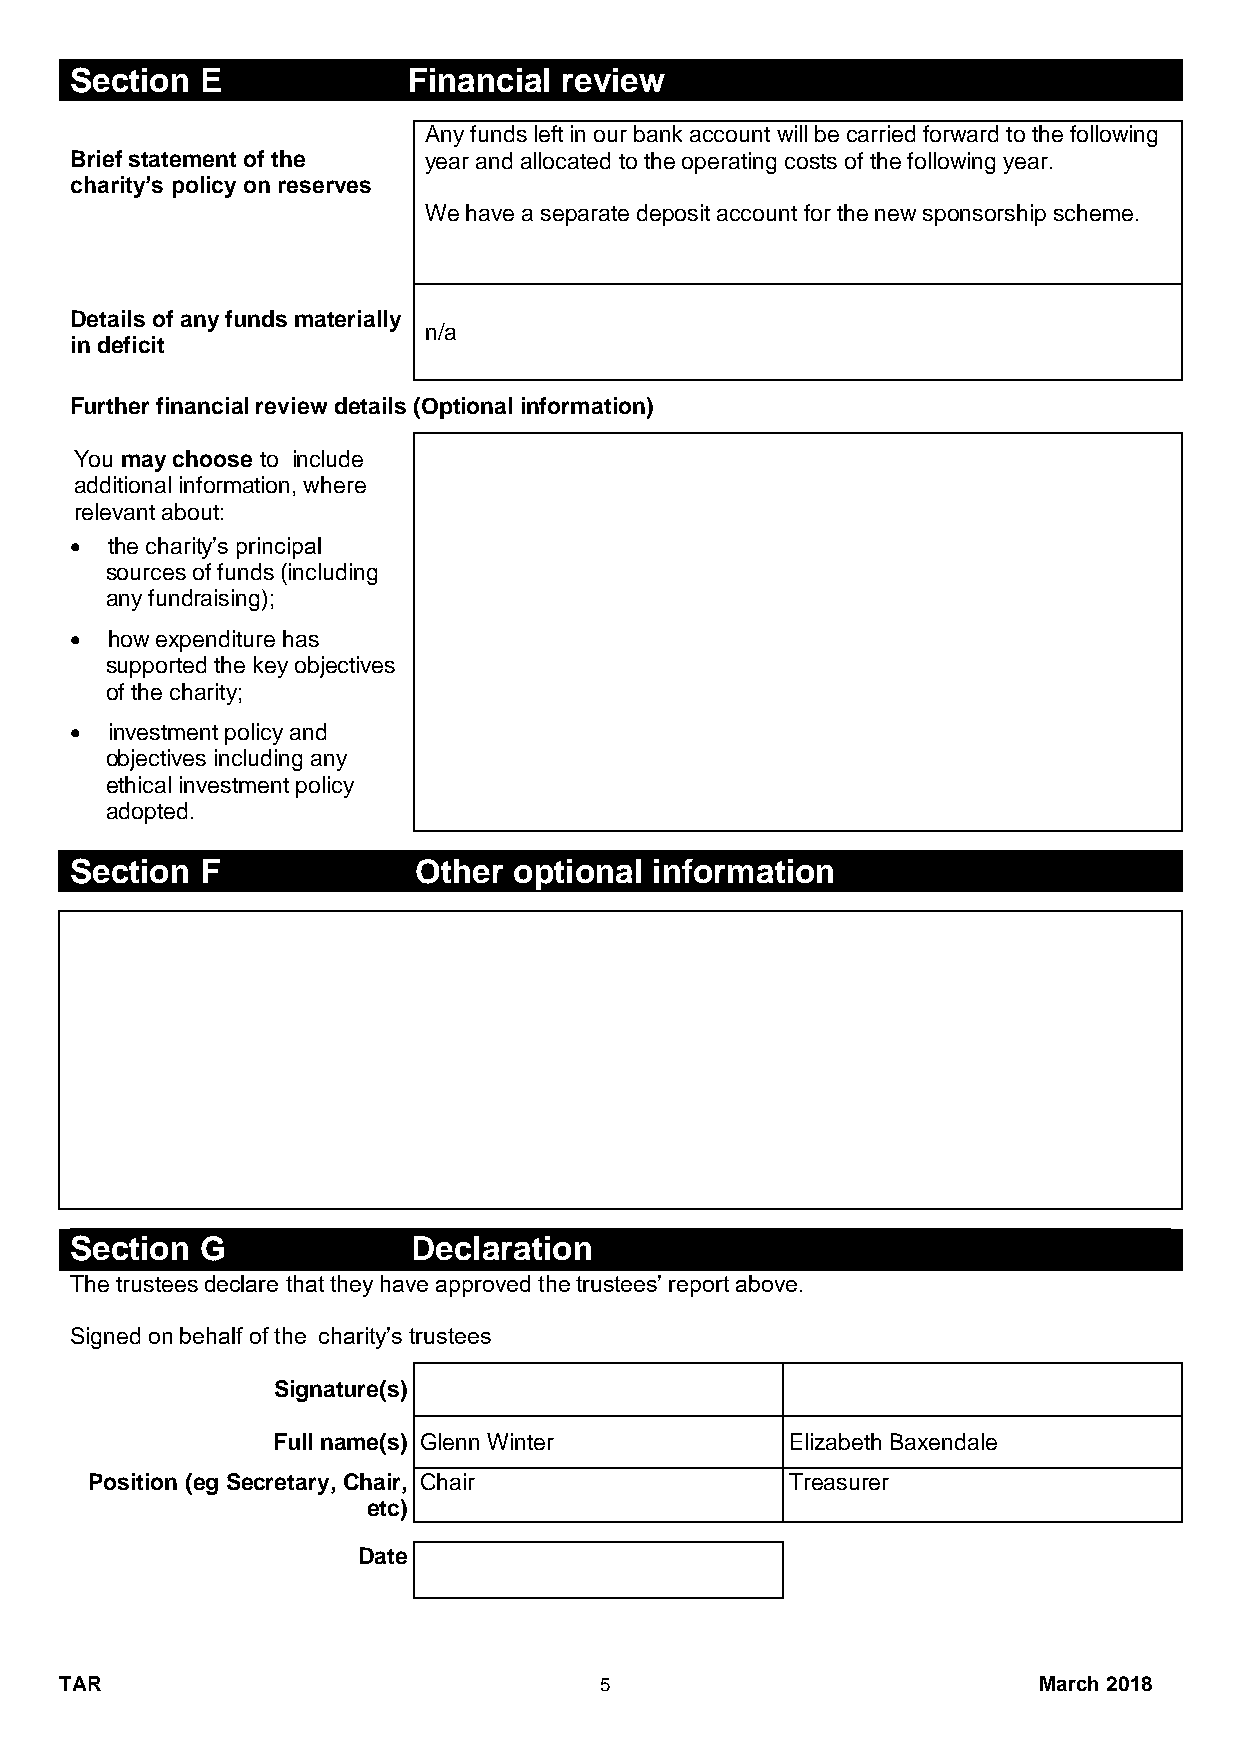
Section E             Financial review
 Any funds left in our bank account will be carried forward to the following
 Brief statement of the year and allocated to the operating costs of the following year.
 charity’s policy on reserves
 We have a separate deposit account for the new sponsorship scheme.
 Details of any funds materially
 n/a
 in deficit
 Further financial review details (Optional information)
 You may choose to include
 additional information, where
 relevant about:
  the charity’s principal
 sources of funds (including
 any fundraising);
  how expenditure has
 supported the key objectives
 of the charity;
  investment policy and
 objectives including any
 ethical investment policy
 adopted.
 Section F             Other  optional information
 Section G             Declaration
 The trustees declare that they have approved the trustees’ report above.
 Signed on behalf of the charity’s trustees
 Signature(s)
 Full name(s) Glenn Winter         Elizabeth Baxendale
 Position (eg Secretary, Chair, Chair          Treasurer
 etc)
 Date
 TAR                                 5                            March 2018